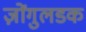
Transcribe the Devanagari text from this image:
ज़ोंगुलडक